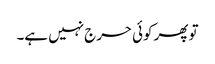
تو پھر کوئی حرج نہیں ہے۔